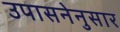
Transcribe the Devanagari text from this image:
उपासनेनुसार